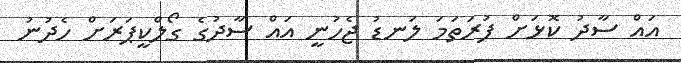
އައް ސާދު ކޮޅަށް ފުރަތަމަ ލަނޑު ޖެހުނީ އައް ސާދުގެ ގޯލްކީޕަރަށް ހެދުނު